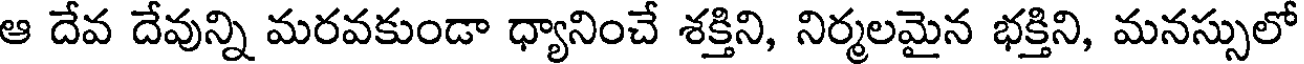
ఆ దేవ దేవున్ని మరవకుండా ధ్యానించే శక్తిని, నిర్మలమైన భక్తిని, మనస్సులో